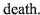
death.